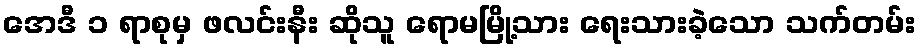
အေဒီ ၁ ရာစုမှ ဖလင်းနီး ဆိုသူ ရောမမြို့သား ရေးသားခဲ့သော သက်တမ်း